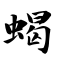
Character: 蝎